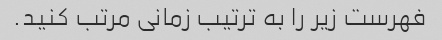
فهرست زیر را به ترتیب زمانی مرتب کنید.